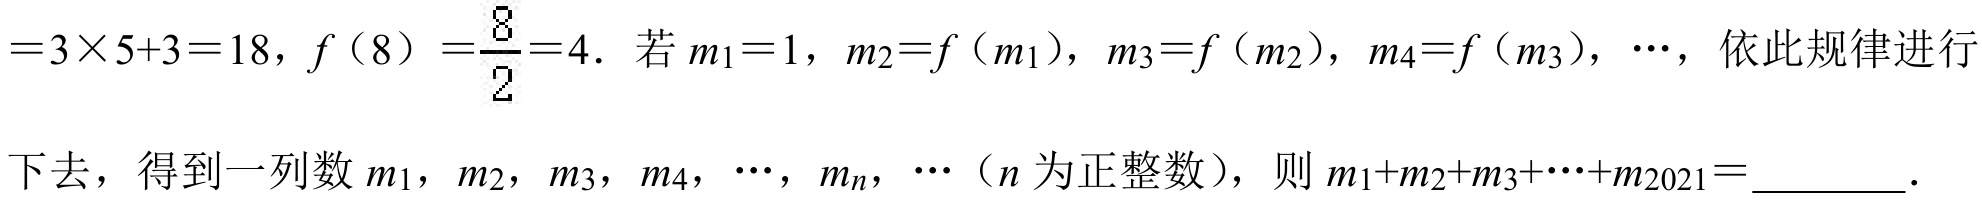
$=3\times5 + 3 = 18$，$f（8）=\dfrac{8}{2}=4$．若$m_1 = 1$，$m_2 = f（m_1）$，$m_3 = f（m_2）$，$m_4 = f（m_3）$，$\cdots$，依此规律进行\\
下去，得到一列数$m_1$，$m_2$，$m_3$，$m_4$，$\cdots$，$m_n$，$\cdots$（$n$为正整数），则$m_1 + m_2 + m_3+\cdots + m_{2021}=$________．